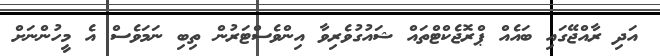
އަދި ރާއްޖޭގައި ބައެއް ޕްރޮޖެކްޓްތައް ޝައުގުވެރިވާ އިންވެސްޓަރުން ތިބި ނަމަވެސް އެ މީހުންނަށް